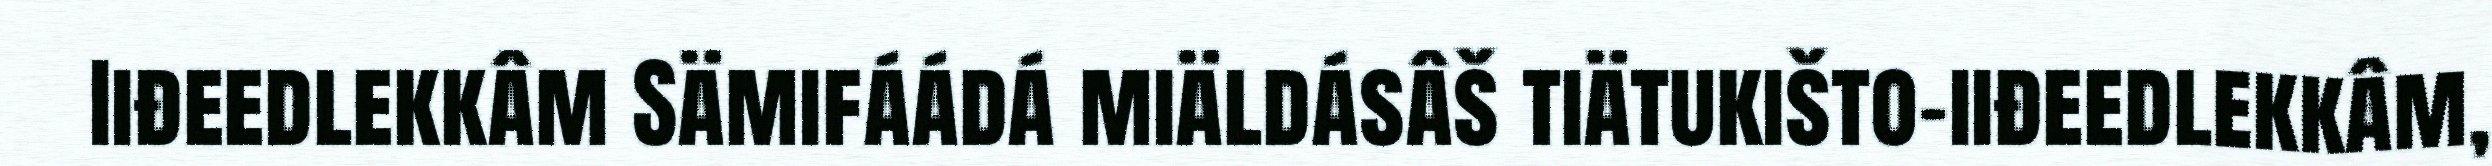
Iiđeedlekkâm Sämifáádá miäldásâš tiätukišto-iiđeedlekkâm,